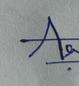
Signature authenticity: genuine